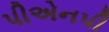
પીએનપી